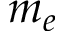
m _ { e }